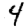
Digit: 4